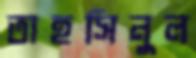
তাহসিনুল